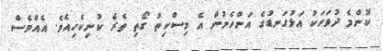
ކޮންމެ ދުވަހަކު އަޅުގަނޑުގެ އަންހެނުން އެ މިސްކިތު ގޯތި ތެރެ ކުނިކެހިއެވެ. އެއްވެސް